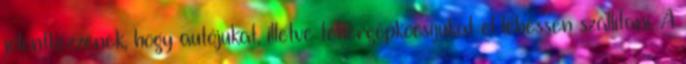
jelentkezzenek, hogy autójukat, illetve tehergépkocsijukat el lehessen szállítani. A